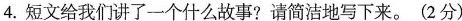
4.短文给我们讲了一个什么故事?请简洁地写下来。(2分)